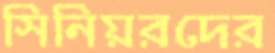
সিনিয়রদের